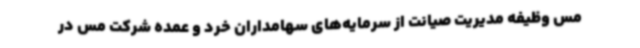
مس وظیفه مدیریت صیانت از سرمایه‌های سهامداران خرد و عمده شرکت مس در